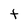
Character: t